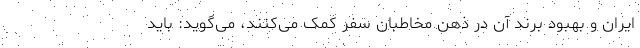
ایران و بهبود برند آن در ذهن مخاطبان سفر کمک می‌کنند، می‌گوید: باید